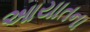
આયાતના